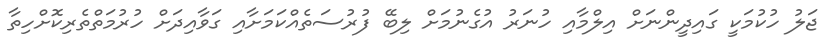
ޖަލު ހުކުމަކީ ގައިދީންނަށް އިލްމާއި ހުނަރު އުގެނުމަށް ލިބޭ ފުރުސަތެއްކަމަށާއި ގަވާއިދަށް ހުރުމަތްތެރިކޮށްހިތާ